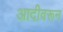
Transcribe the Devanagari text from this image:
आदीवरून